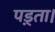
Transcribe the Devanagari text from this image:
पड़्ता।